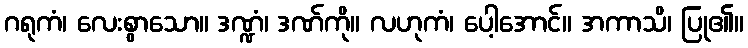
ဂရုကံ၊ လေးစွာသော။ ဒဏ္ဍံ၊ ဒဏ်ကို။ လဟုကံ၊ ပေါ့အောင်။ အကာသိ၊ ပြု၏။